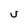
Character: U